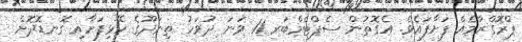
ޕްރޮގްރާމެއް ފަށާފައެވެ. އެގޮތުން ސެޕްޓެމްބަރ 11 ވަނަ ދުވަހު ތިނަދޫގެ ހޭޅިފަށާއި ގޮނޑޮދޮށް